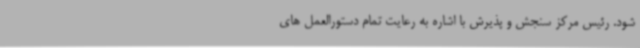
شود. رئیس مرکز سنجش و پذیرش با اشاره به رعایت تمام دستورالعمل های